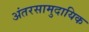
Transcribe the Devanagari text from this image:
अंतरसामुदायिक